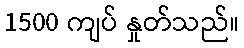
1500 ကျပ် နှုတ်သည်။